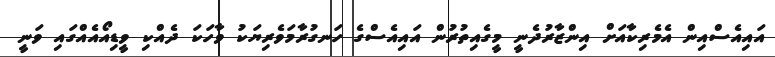
އައިއެސްއިން އެމެރިކާއަށް އިންޒާރުދެނީ މީގެއިތުރުން އައިއެސްގެ ހަނގުރާމަވެރިޔަކު ވާހަކަ ދެއްކި ވީޑިއޯއެއްގައި ވަނީ